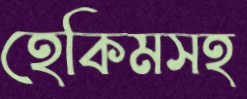
হেকিমসহ